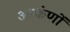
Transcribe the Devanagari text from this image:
आकंणों